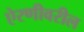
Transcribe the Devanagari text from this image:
ऐरणीवरील